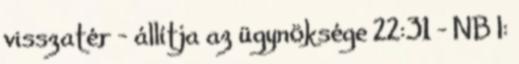
visszatér – állítja az ügynöksége 22:31 - NB I: